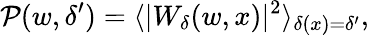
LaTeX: \mathcal{P}(w,\delta^{\prime})=\langle|W_{\delta}(w,x)|^{2}\rangle_{\delta(x)=\delta^{\prime}},